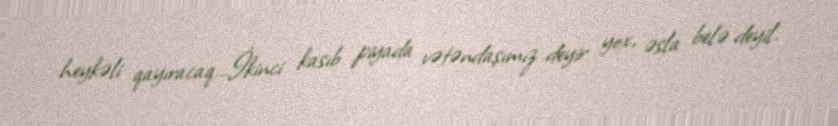
heykəli qayıracaq...İkinci kasıb piyada vətəndaşımız deyir yox, əsla belə deyil.